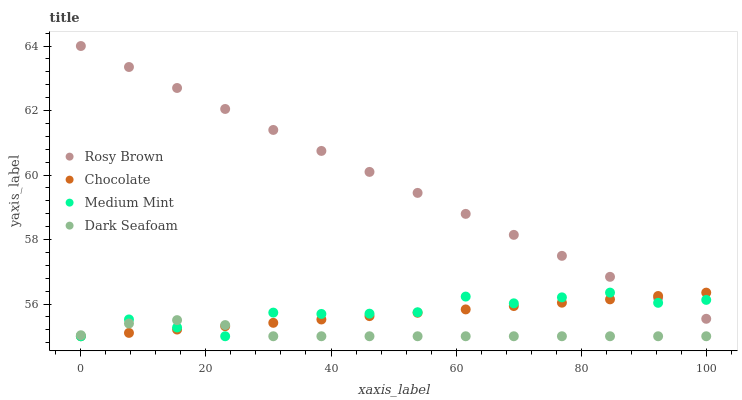
| xaxis_label | Rosy Brown | Chocolate | Medium Mint | Dark Seafoam |
 | --- | --- | --- | --- | --- |
 | 0 | 64 | 55 | 55 | 55 |
 | 7.69 | 63.3 | 55.1 | 55.5 | 55.4 |
 | 15.4 | 62.7 | 55.2 | 55.3 | 55.5 |
 | 23.1 | 62 | 55.3 | 55 | 55.3 |
 | 30.8 | 61.4 | 55.4 | 55.7 | 55 |
 | 38.5 | 60.7 | 55.5 | 55.7 | 55 |
 | 46.2 | 60.1 | 55.6 | 55.7 | 55 |
 | 53.8 | 59.4 | 55.7 | 55.7 | 55 |
 | 61.5 | 58.8 | 55.8 | 56.2 | 55 |
 | 69.2 | 58.1 | 55.9 | 56 | 55 |
 | 76.9 | 57.5 | 56 | 56.2 | 55 |
 | 84.6 | 56.8 | 56.1 | 56.4 | 55 |
 | 92.3 | 56.2 | 56.2 | 56 | 55 |
 | 100 | 55.5 | 56.4 | 56.1 | 55 |